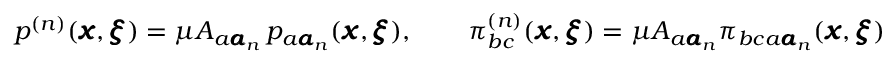
\begin{array} { r l r } & { } & { p ^ { ( n ) } ( { \pmb x } , { \pmb \xi } ) = \mu A _ { a { \pmb a } _ { n } } \, p _ { a { \pmb a } _ { n } } ( { \pmb x } , { \pmb \xi } ) , \qquad \pi _ { b c } ^ { ( n ) } ( { \pmb x } , { \pmb \xi } ) = \mu A _ { a { \pmb a } _ { n } } \pi _ { b c a { \pmb a } _ { n } } ( { \pmb x } , { \pmb \xi } ) } \end{array}